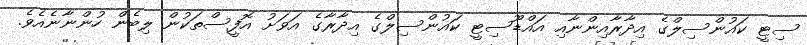
ސިޓީ ކައުންސިލްގެ އިދާރާއިންނާއި އައްޑޫސިޓީ ކައުންސިލްގެ އިދާރާގެ އަވަށު އޮފީސްތަކުން ލިބެން ހުންނާނެއެވެ.